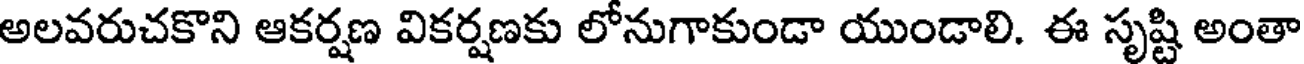
అలవరుచకొని ఆకర్షణ వికర్షణకు లోనుగాకుండా యుండాలి. ఈ సృష్టి అంతా